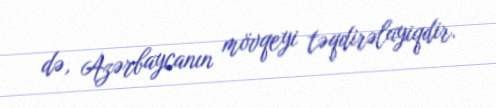
də, Azərbaycanın mövqeyi təqdirəlayiqdir.